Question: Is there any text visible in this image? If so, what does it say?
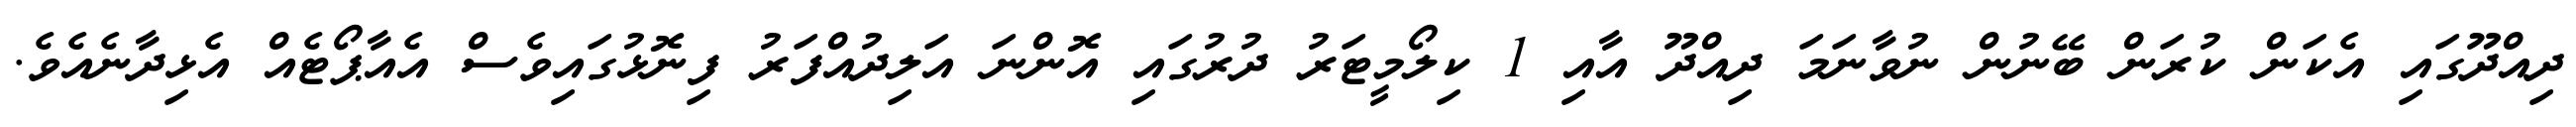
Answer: ދިއްދޫގައި އެކަން ކުރަން ބޭނުން ނުވާނަމަ ދިއްދޫ އާއި 1 ކިލޯމީޓަރު ދުރުގައި އޮންނަ އަލިދުއްފަރު ފިނޮޅުގައިވެސް އެއާޕޯޓެއް އެޅިދާނެއެވެ.